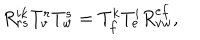
R _ { r s } ^ { i k } T _ { v } ^ { r } T _ { w } ^ { s } = T _ { f } ^ { k } T _ { e } ^ { i } R _ { v w } ^ { e f } ,